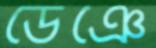
ডেঞে